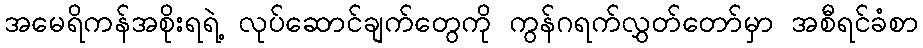
အမေရိကန်အစိုးရရဲ့ လုပ်ဆောင်ချက်တွေကို ကွန်ဂရက်လွှတ်တော်မှာ အစီရင်ခံစာ